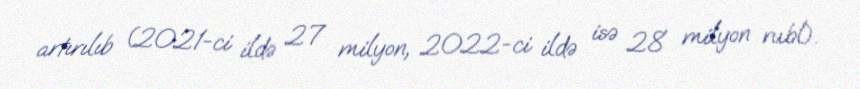
artırılıb (2021-ci ildə 27 milyon, 2022-ci ildə isə 28 milyon rubl).